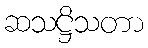
ဆသဋ္ဌိသတာ